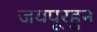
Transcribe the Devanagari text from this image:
जयपूरहुन